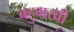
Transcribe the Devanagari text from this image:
बहुमखी